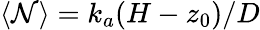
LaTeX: \langle\mathcal{N}\rangle=k_{a}(H-z_{0})/D